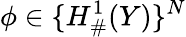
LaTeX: \phi\in\{ H_{\# }^{1}(Y)\} ^{N}